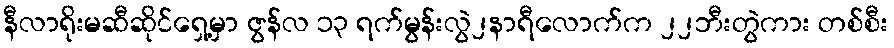
နီလာရိုးမဆီဆိုင်ရှေ့မှာ ဇွန်လ ၁၃ ရက်မွန်းလွဲ၂နာရီလောက်က ၂၂ဘီးတွဲကား တစ်စီး